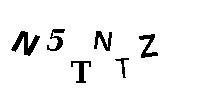
N5TNTZ